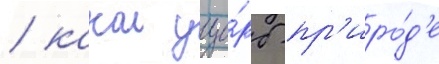
/ какои уще́рб пр'иро́д'е